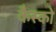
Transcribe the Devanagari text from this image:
कैस्को